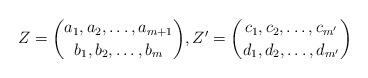
LaTeX: \begin{align*}Z=\binom{a_1,a_2,\ldots,a_{m+1}}{b_1,b_2,\ldots,b_m},Z'=\binom{c_1,c_2,\ldots,c_{m'}}{d_1,d_2,\ldots,d_{m'}}\end{align*}